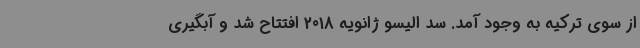
از سوی ترکیه به وجود آمد. سد الیسو ژانویه 2018 افتتاح شد و آبگیری